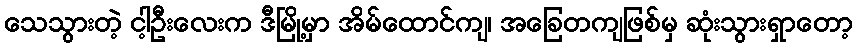
သေသွားတဲ့ ငါ့ဦးလေးက ဒီမြို့မှာ အိမ်ထောင်ကျ၊ အခြေတကျဖြစ်မှ ဆုံးသွားရှာတော့